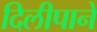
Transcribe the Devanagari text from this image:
दिलीपाने